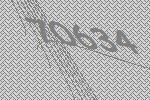
70634